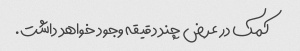
کمک در عرض چند دقیقه وجود خواهد داشت.